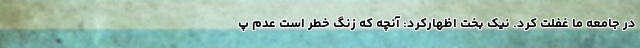
در جامعه ما غفلت کرد. نیک بخت اظهارکرد: آنچه که زنگ خطر است عدم پ